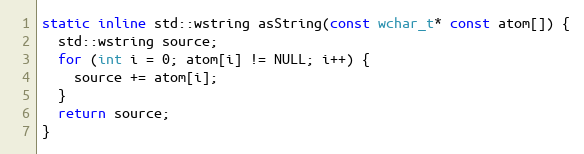
Language: C
static inline std::wstring asString(const wchar_t* const atom[]) {
  std::wstring source;
  for (int i = 0; atom[i] != NULL; i++) {
    source += atom[i];
  }
  return source;
}